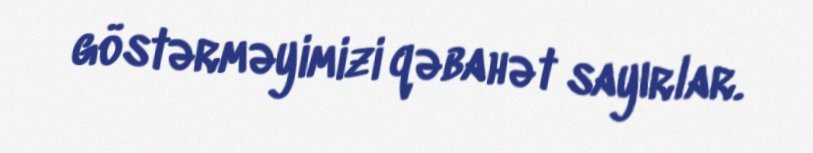
göstərməyimizi qəbahət sayırlar.